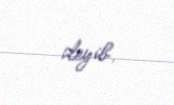
deyib.